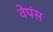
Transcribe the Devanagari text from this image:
वेपंस